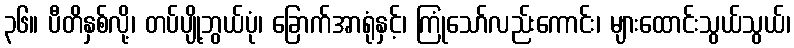
၃၆။ ပီတိနှစ်လို့၊ တပ်ပျို့ဘွယ်ပုံ၊ ခြောက်အာရုံနှင့်၊ ကြုံသော်လည်းကောင်း၊ များထောင်းသွယ်သွယ်၊